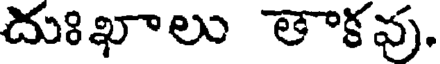
దుఃఖాలు తాకవు.